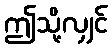
ဤသို့လျှင်